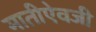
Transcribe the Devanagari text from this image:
मातीऐवजी